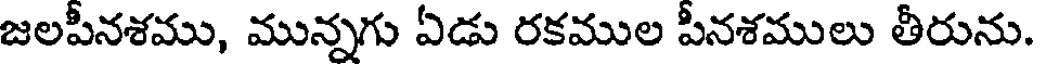
జలపీనశము, మున్నగు ఏడు రకముల పీనశములు తీరును.